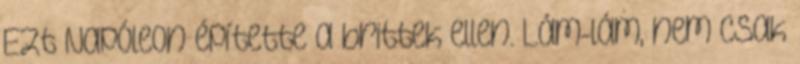
Ezt Napóleon építette a brittek ellen. Lám-lám, nem csak